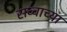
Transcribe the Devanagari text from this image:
सव्वाच्या